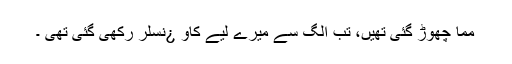
مما چھوڑ گئی تھیں، تب الگ سے میرے لیے کاو ¿نسلر رکھی گئی تھی ۔